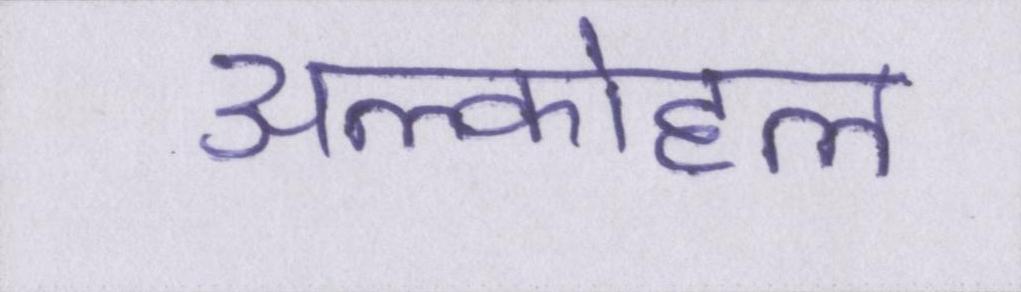
अल्कोहल